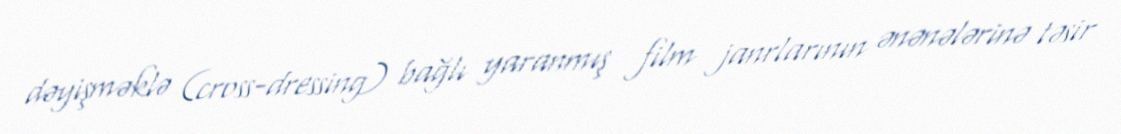
dəyişməklə (cross-dressing) bağlı yaranmış film janrlarının ənənələrinə təsir